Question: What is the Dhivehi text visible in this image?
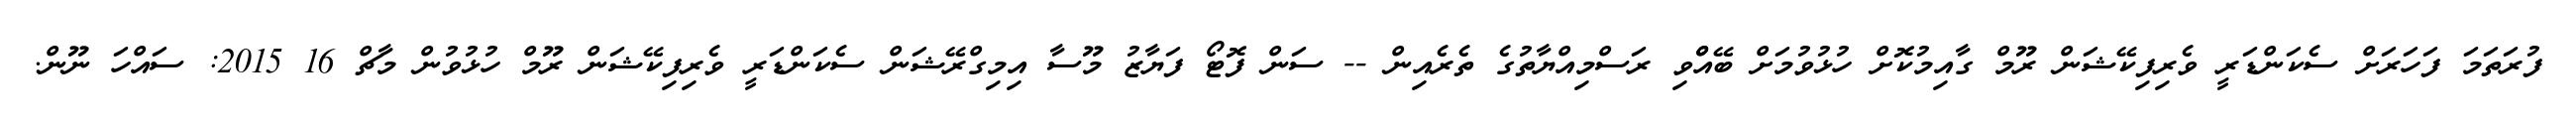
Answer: ފުރަތަމަ ފަހަރަށް ސެކަންޑަރީ ވެރިފިކޭޝަން ރޫމް ގާއިމުކޮށް ހުޅުވުމަށް ބޭއްްވި ރަސްމިއްޔާތުގެ ތެރެއިން -- ސަން ފޮޓޯ ފަޔާޒު މޫސާ އިމިގްރޭޝަން ސެކަންޑަރީ ވެރިފިކޭޝަން ރޫމް ހުޅުވުން މާޗް 16 2015: ސައްހަ ނޫން.